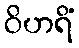
ဝိဟရိံ